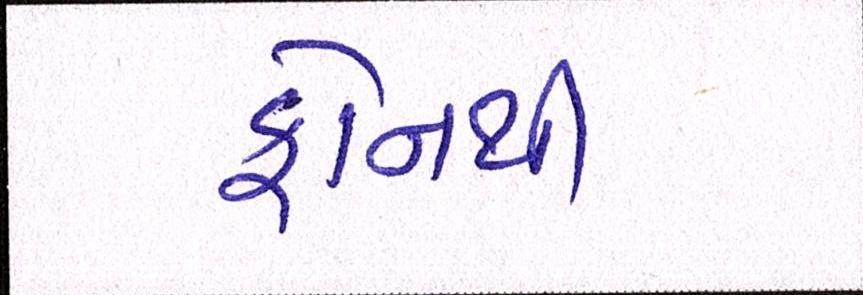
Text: ફોનથી